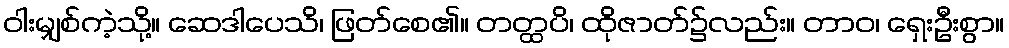
ဝါးမျှစ်ကဲ့သို့။ ဆေဒါပေသိ၊ ဖြတ်စေ၏။ တတ္ထပိ၊ ထိုဇာတ်၌လည်း။ တာဝ၊ ရှေးဦးစွာ။